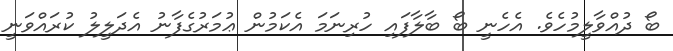
ބޯ ދުއްވާލީމުހެވެ. އެހެނީ ބޯ ބާލާފައި ހުރިނަމަ އެކަމުން ޢުމަރުގެފާނު އެދަލީލު ކުރައްވަނީ